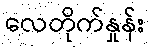
လေတိုက်နှုန်း